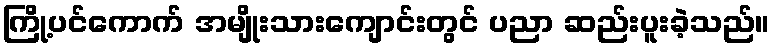
ကြို့ပင်ကောက် အမျိုးသားကျောင်းတွင် ပညာ ဆည်းပူးခဲ့သည်။